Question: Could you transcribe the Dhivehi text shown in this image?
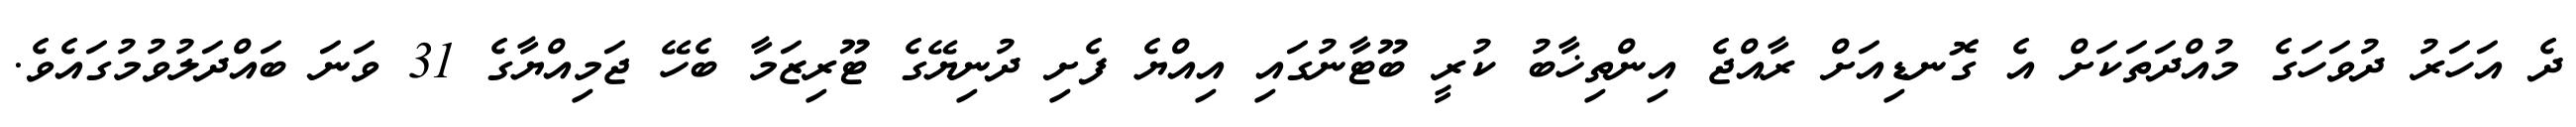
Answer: ދެ އަހަރު ދުވަހަގެ މުއްދަތަކަށް އެ ގޮނޑިއަށް ރާއްޖެ އިންތިޚާބު ކުރީ ބޫޓާނުގައި އިއްޔެ ފެށި ދުނިޔޭގެ ޓޫރިޒަމާ ބެހޭ ޖަމިއްޔާގެ 31 ވަނަ ބައްދަލުވުމުގައެވެ.